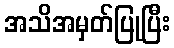
အသိအမှတ်ပြုပြီး